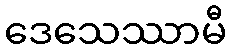
ဒေသေဿာမီ